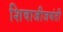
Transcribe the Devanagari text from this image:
शिवाजीजयंती